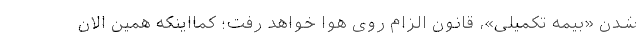
شدن «بیمه تکمیلی»، قانون الزام روی هوا خواهد رفت؛ کمااینکه همین الان